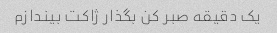
یک دقیقه صبر کن بگذار ژاکت بیندازم